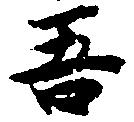
吾